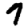
Digit: 7